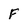
Character: F